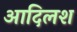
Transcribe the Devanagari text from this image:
आदिलश